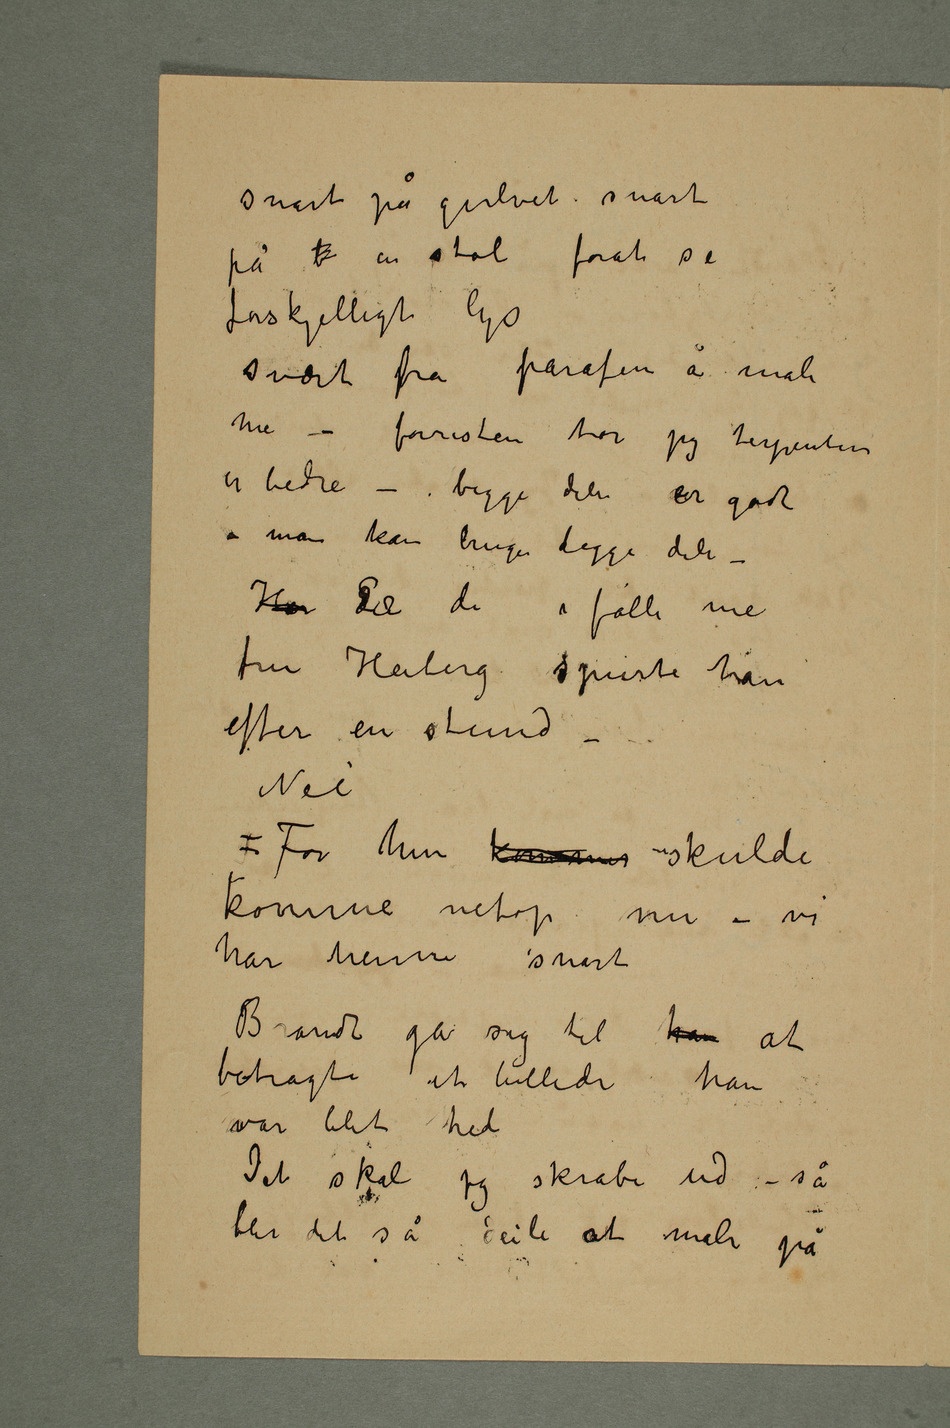
snart på gulvet snart
på b en stol forat se
forskjelligt lys
svært pbra parafin å male
me – forresten tror jeg terpentin
er bedre – begge dele er godt
– man kan bruge begge dele –
Har DEr de i følle me
fru Heiberg spurte han
efter en stund
– Nei
For hun kommer skulde
komme netop nu – vi
har henne snart
Brandt ga sig til han at
betragte et billede han
var blit hed
Det skal jeg skrabe ud – så
blir det så deili at male på